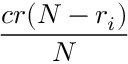
\frac { c r ( N - r _ { i } ) } { N }